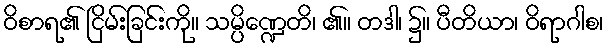
ဝိစာရ၏ ငြိမ်းခြင်းကို။ သမ္ပိဏ္ဍေတိ၊ ၏။ တဒါ၊ ၌။ ပီတိယာ၊ ဝိရာဂါစ၊